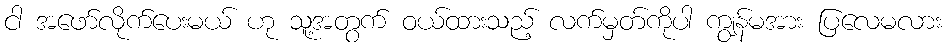
ငါ အဖော်လိုက်ပေးမယ် ဟု သူ့အတွက် ဝယ်ထားသည့် လက်မှတ်ကိုပါ ကျွန်မအား ပြလေမလား